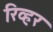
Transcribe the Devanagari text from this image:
रिव्ह्रर